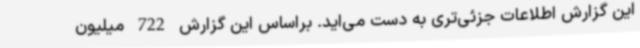
این گزارش اطلاعات جزئی‌تری به دست‌ می‌اید. براساس این گزارش 722 میلیون